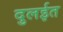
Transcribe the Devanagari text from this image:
दुलईत